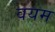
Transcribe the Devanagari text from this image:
वयम